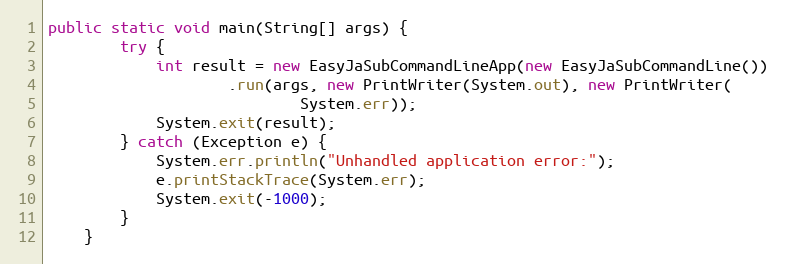
Language: Java
public static void main(String[] args) {
		try {
			int result = new EasyJaSubCommandLineApp(new EasyJaSubCommandLine())
					.run(args, new PrintWriter(System.out), new PrintWriter(
							System.err));
			System.exit(result);
		} catch (Exception e) {
			System.err.println("Unhandled application error:");
			e.printStackTrace(System.err);
			System.exit(-1000);
		}
	}